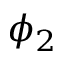
\phi _ { 2 }